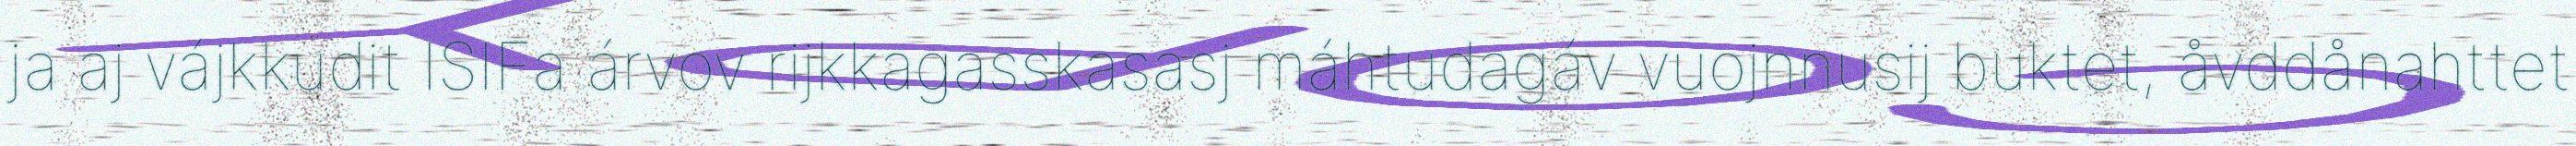
ja aj vájkkudit ISIFa árvov rijkkagasskasasj máhtudagáv vuojnnusij buktet, åvddånahttet